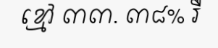
ខ្មៅ ៣៣. ៣៨% រឺ